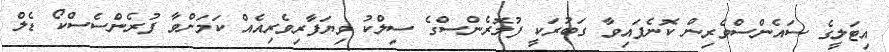
އިޓަލީގެ ސައެންސްވެރިން ކޮނެފައިވާ ގަބުރަކީ ފުލޮރެންސްގެ ސިލްކު ވިޔަފާރިވެރިއެއް ކަމަށްވާ ފުރެންސެސްކޯ ޑެލް